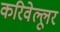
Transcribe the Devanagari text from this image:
करिवेल्लूर